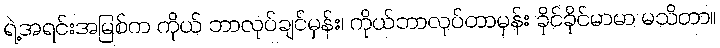
ရဲ့အရင်းအမြစ်က ကိုယ် ဘာလုပ်ချင်မှန်း၊ ကိုယ်ဘာလုပ်တာမှန်း ခိုင်ခိုင်မာမာ မသိတာ။